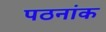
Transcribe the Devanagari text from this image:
पठनांक